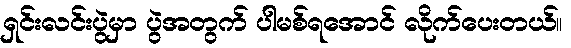
ရှင်းလင်းပွဲမှာ ပွဲအတွက် ပါမစ်ရအောင် လိုက်ပေးတယ်။